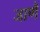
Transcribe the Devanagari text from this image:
जाणै